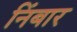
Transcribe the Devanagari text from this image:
निंबार